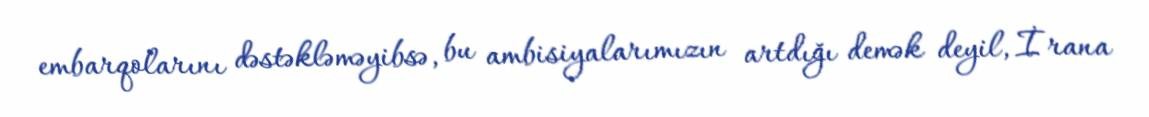
embarqolarını dəstəkləməyibsə, bu ambisiyalarımızın artdığı demək deyil, İrana